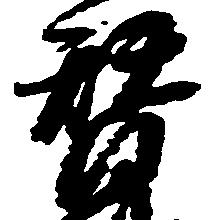
替